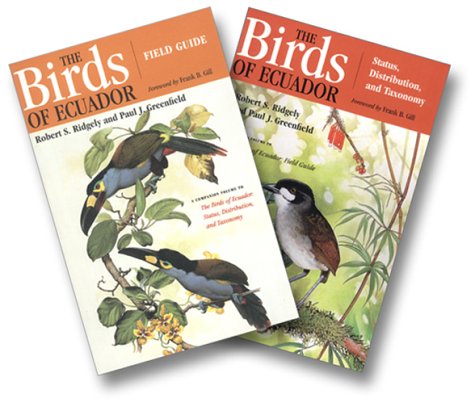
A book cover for The Birds of Ecuador (2 Vols.); Robert S. Ridgely; Travel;